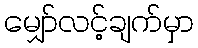
မျှော်လင့်ချက်မှာ